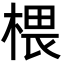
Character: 椳